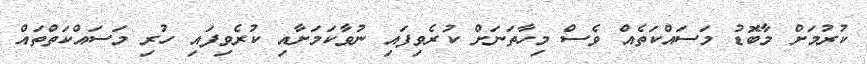
ކުރުމަށް މާބޮޑު މަސައްކަތެއް ވެސް މިހާތަނަށް ކުރެވިފައި ނުވާކަމަށާއި ކުރެވިފައި ހުރި މަސައްކަތްތައް